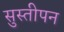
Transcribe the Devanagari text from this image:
सुस्तीपन